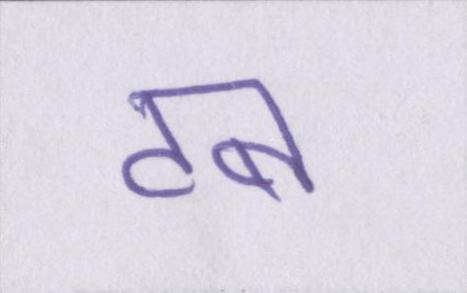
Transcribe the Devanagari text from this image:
टब